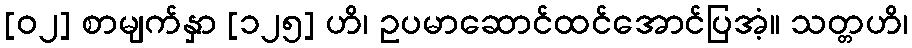
[၀၂] စာမျက်နှာ [၁၂၅] ဟိ၊ ဥပမာဆောင်ထင်အောင်ပြအံ့။ သတ္တဟိ၊